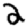
Digit: 2